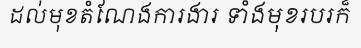
ដល់មុខតំណែងការងារ ទាំងមុខរបរក៏